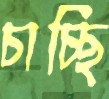
চাচ্ছি